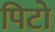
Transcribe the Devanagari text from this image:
पिटो